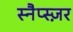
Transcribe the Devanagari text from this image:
स्नैप्स्ज़र